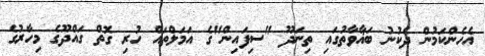
އެހެންކަމުން ދެކުނު ބަޣާވާތުގައި ތިނަދޫ "ސިފައިން"ގެ އަމަލްތައް ހުރި ގޮތް ގައްދޫގެ މިހާރުގެ